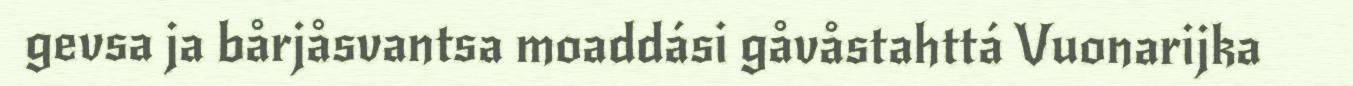
gevsa ja bårjåsvantsa moaddási gåvåstahttá Vuonarijka